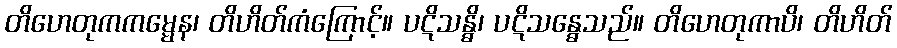
တိဟေတုကကမ္မေန၊ တိဟိတ်ကံကြောင့်။ ပဋိသန္ဓိ၊ ပဋိသန္ဓေသည်။ တိဟေတုကာပိ၊ တိဟိတ်